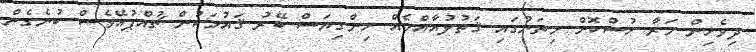
ދިވެހިން މަރާ ހުސްކޮށް މިތަނުގައި ޤަތުލުއާއްމެއް ހިންގިޔަސް ބޭރު ޤައުމަކުން ޗުއްޕުއޭވެސް ބުނެގެން